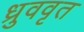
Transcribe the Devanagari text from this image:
ध्रुववृत